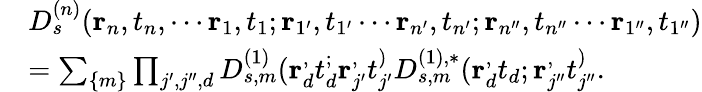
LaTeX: \begin{array}{rl}&{D_{s}^{(n)}(\mathbf{r}_{n},t_{n},\cdots\mathbf{r}_{1},t_{1};\mathbf{r}_{1^{\prime}},t_{1^{\prime}}\cdots\mathbf{r}_{n^{\prime}},t_{n^{\prime}};\mathbf{r}_{n^{\prime\prime}},t_{n^{\prime\prime}}\cdots\mathbf{r}_{1^{\prime\prime}},t_{1^{\prime\prime}})}\\ &{=\sum_{\{ m\} }\prod_{j^{\prime},j^{\prime\prime},d}D_{s,m}^{(1)}(\mathbf{r}_{d}^,t_{d}^;\mathbf{r}_{j^{\prime}}^,t_{j^{\prime}}^)D_{s,m}^{(1),*}(\mathbf{r}_{d}^,t_{d};\mathbf{r}_{j^{\prime\prime}}^,t_{j^{\prime\prime}}^).}\end{array}